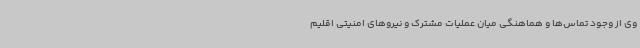
وی از وجود تماس‌ها و هماهنگی میان عملیات مشترک و نیروهای امنیتی اقلیم